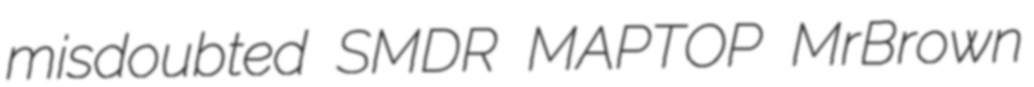
misdoubted SMDR MAPTOP MrBrown